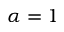
\alpha = 1